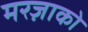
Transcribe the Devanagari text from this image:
मरज़ाको